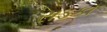
રાડકા